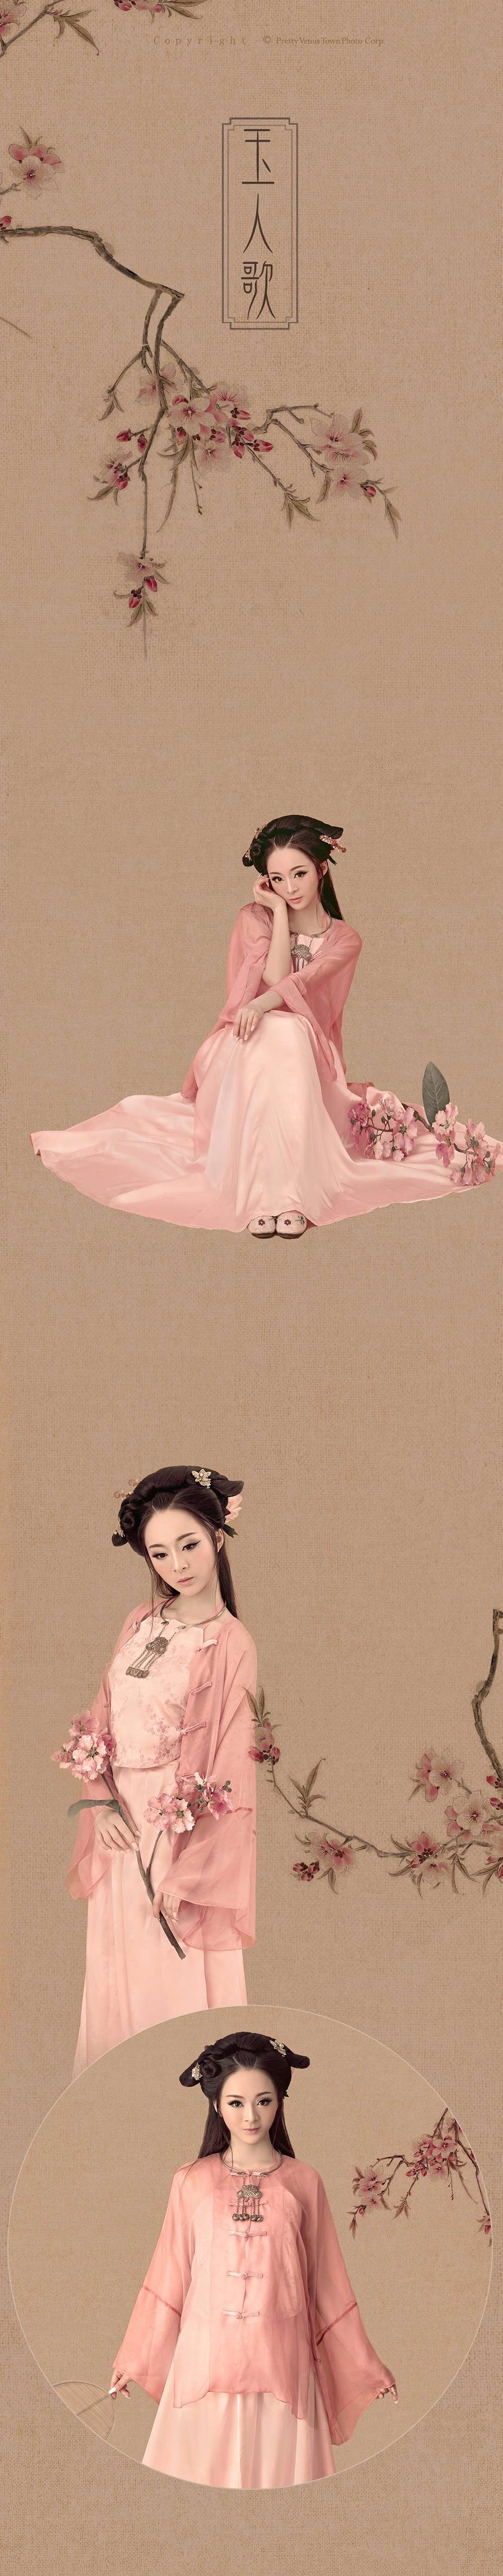
冰骨清寒瘦一枝。玉人初上木兰时。